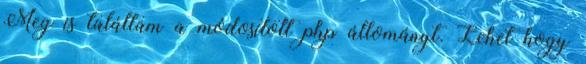
Meg is találtam a módosított php állományt. Lehet hogy